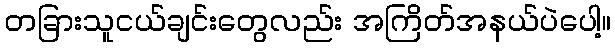
တခြားသူငယ်ချင်းတွေလည်း အကြိတ်အနယ်ပဲပေါ့။